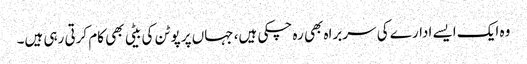
وہ ایک ایسے ادارے کی سربراہ بھی رہ چکی ہیں، جہاں پر پوٹن کی بیٹی بھی کام کرتی رہی ہیں۔